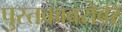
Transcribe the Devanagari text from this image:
पुस्तकाबरोबर